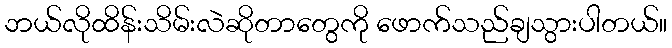
ဘယ်လိုထိန်းသိမ်းလဲဆိုတာတွေကို ဖောက်သည်ချသွားပါတယ်။